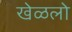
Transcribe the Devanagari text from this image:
खेळलो